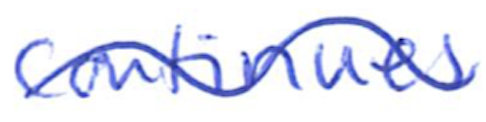
Text: continues
Cross-out: wave
Writing tool: ballpoint